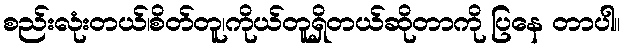
စည်းလုံးတယ်၊စိတ်တူ၊ကိုယ်တူရှိတယ်ဆိုတာကို ပြနေ တာပါ။